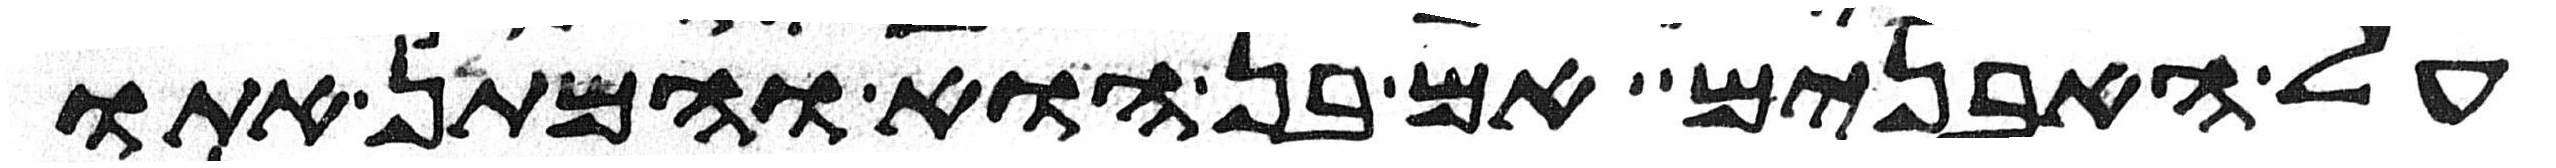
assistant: על האבנים אם בן הוא והמתן אתו